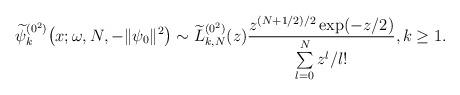
LaTeX: \begin{gather*} \widetilde{\psi }_{k}^{(0^{2})}\big(x;\omega ,N,- \Vert \psi _{0} \Vert ^{2}\big)\sim \widetilde{L}_{k,N}^{(0^{2})} ( z ) \frac{z^{(N+1/2) /2}\exp ( -z/2 ) }{ \sum\limits_{l=0}^{N}z^{l}/l!}, k\geq 1.\end{gather*}